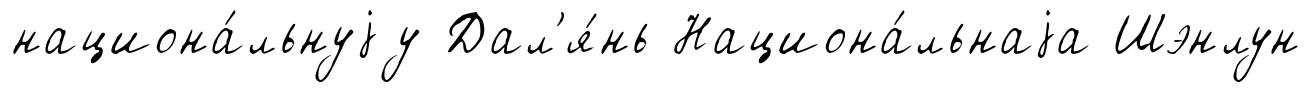
национа́льнуjу Дал'я́нь Национа́льнаjа Шэнлун